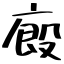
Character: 廏